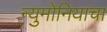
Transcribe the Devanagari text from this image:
न्युमोनियाचा